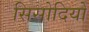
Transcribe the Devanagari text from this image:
सिसोदियों